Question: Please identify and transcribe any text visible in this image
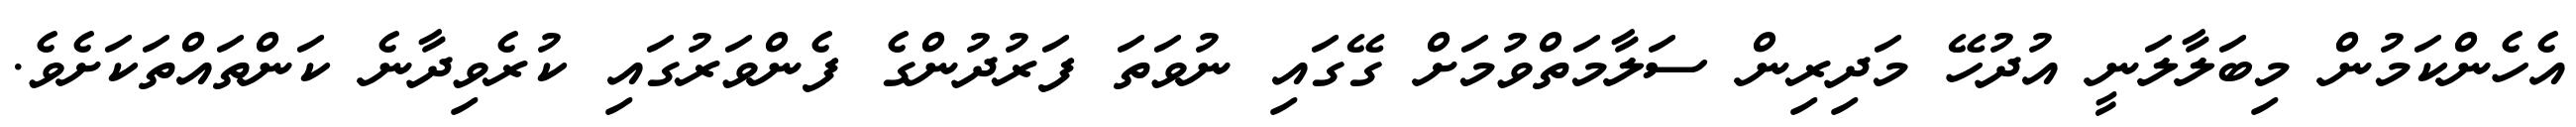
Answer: އެހެންކަމުން މިބަލާލަނީ އުދުހޭ މަދިރިން ސަލާމަތްވުމަށް ގޭގައި ނުވަތަ ފަރުދުންގެ ފެންވަރުގައި ކުރެވިދާނެ ކަންތައްތަކަށެވެ.